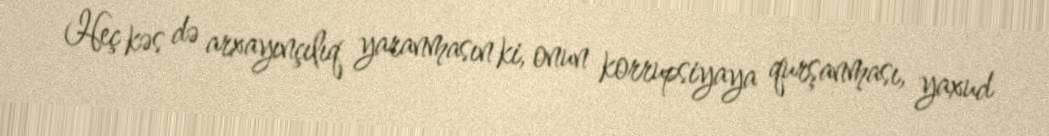
Heç kəs də arxayınçılıq yaranmasın ki, onun korrupsiyaya qurşanması, yaxud